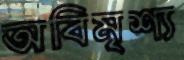
অবিমৃশ্য